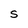
Character: S